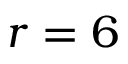
r = 6